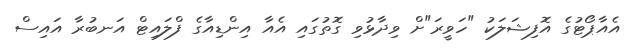
އެއާޕޯޓުގެ އޮފިޝަލަކު "ހަވީރަ"ށް ވިދާޅުވި ގޮތުގައި އެއާ އިންޑިއާގެ ފްލައިޓް އަނބުރާ އައިސް